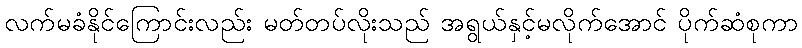
လက်မခံနိုင်ကြောင်းလည်း မတ်တပ်လိုးသည် အရွယ်နှင့်မလိုက်အောင် ပိုက်ဆံစုကာ